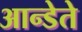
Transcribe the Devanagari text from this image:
आन्डेते